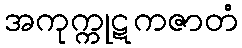
အကုက္ကုဋကဇာတံ